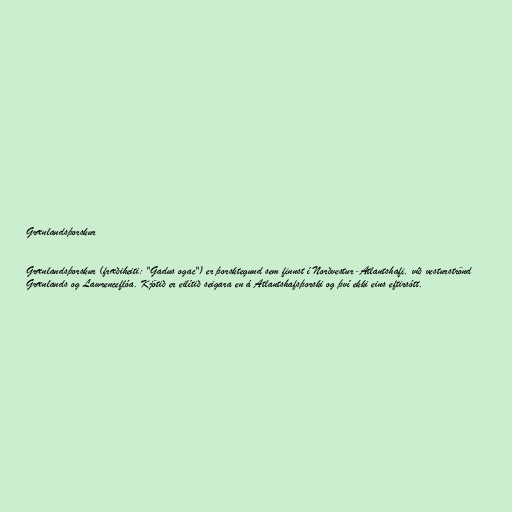
Grænlandsþorskur

Grænlandsþorskur (fræðiheiti: "Gadus ogac") er þorsktegund sem finnst í Norðvestur-Atlantshafi, við vesturströnd
Grænlands og Lawrenceflóa. Kjötið er eilítið seigara en á Atlantshafsþorski og því ekki eins eftirsótt.